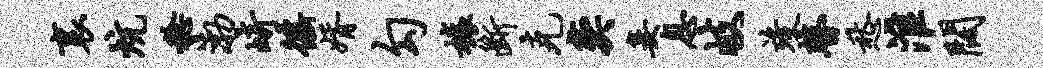
里炕稔渤崎徭婿勾榱断克奕妾息岐竣瞽愁淮阔